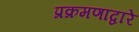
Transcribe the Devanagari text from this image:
प्रक्रमणाद्वारे